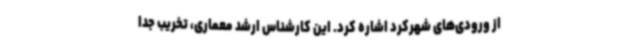
از ورودی‌های شهرکرد اشاره کرد. این کارشناس ارشد معماری، تخریب جدا